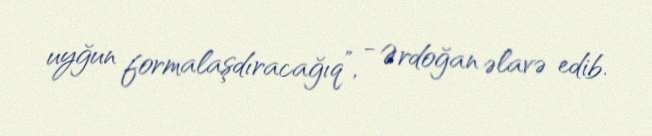
uyğun formalaşdıracağıq”, - Ərdoğan əlavə edib.